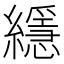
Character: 䌥